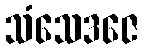
သံသေဒဇေ